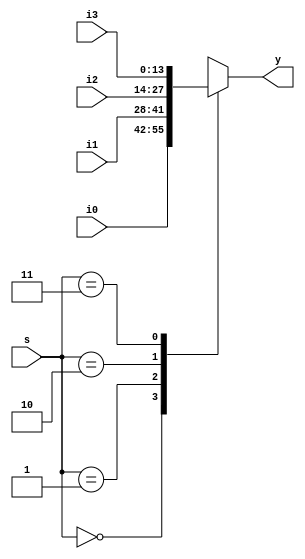
//////////////////////////////////////////////////////////////////////////////////
// Company: 
// Engineer: 
// 
// Design Name: 
// Module Name: Mux_behavioral
// Project Name: 
// Target Devices: 
// Tool Versions: 
// Description: 
// 
// Dependencies: 
// 
// Revision:
// Revision 0.01 - File Created
// Additional Comments:
// 
//////////////////////////////////////////////////////////////////////////////////
`timescale 1ns / 1ps

module Mux_behavioral(
    input [13:0] i0,
    input [13:0] i1,
    input [13:0] i2,
    input [13:0] i3,
    input wire [1:0] s,
    output reg [13:0] y
    );
    
    always @(s) begin
        y = 1'b0;
            case(s)
            2'b00 : y = i0;
            2'b01 : y = i1;
            2'b10 : y = i2;
            2'b11 : y = i3;
            default : begin
                y = 0;
            end
            endcase
    end
    
endmodule